Malaria in the Punjab - Number 46
Disease focus: Malaria
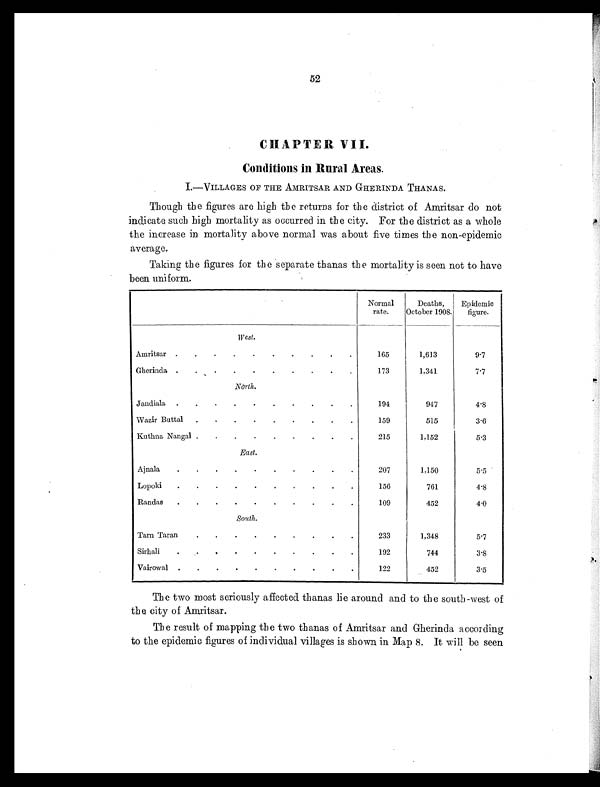
52
CHAPTER VII.
Conditions in Rural Areas.
I.—VILLAGES OF THE AMRITSAR AND GHERINDA THANAS.
Though the figures are high the returns for the district of Amritsar do not
indicate such high mortality as occurred in the city. For the district as a whole
the increase in mortality above normal was about five times the non-epidemic
average.
Taking the figures for the separate thanas the mortality is seen not to have
been uniform.
Normal
rate.
Deaths,
October 1908.
Epidemic
figure.
West.
Amritsar .
.
.
.
.
.
.
.
.
.
165
1,613
9.7
Gherinda .
.
.
.
.
.
.
.
.
.
173
1,341
7.7
North.
Jandiala .
.
.
.
.
.
.
.
.
.
194
947
4 . 8
Wazir Buttal
.
.
.
.
.
.
.
.
.
159
515
3.6
Kuthna Nangal .
.
.
.
.
.
.
.
.
215
1,152
5.3
East.
Ajnala
.
.
.
.
.
.
.
.
.
.
207
1,150
5.5
Lopoki
.
.
.
.
.
.
.
.
.
.
156
761
4.8
Randas
.
.
.
.
.
.
.
.
.
.
109
452
4.0
South.
Tarn Taran
.
.
.
.
.
.
.
.
.
233
1,348
5.7
Sirhali
.
.
.
.
.
.
.
.
.
.
192
744
3.8
Vairowal .
.
.
.
.
.
.
.
.
.
122
452
3.5
The two most seriously affected thanas lie around and to the south-west of
the city of Amritsar.
The result of mapping the two thanas of Amritsar and Gherinda according
to the epidemic figures of individual villages is shown in Map 8. It will be seen